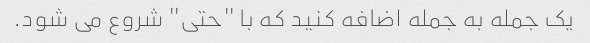
یک جمله به جمله اضافه کنید که با "حتی" شروع می شود.